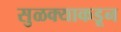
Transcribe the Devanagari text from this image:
सुळक्याकडून